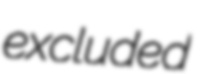
excluded